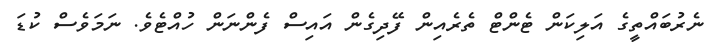
ނެރުބައްތީގެ އަލިކަން ޓެންޓް ތެރެއިން ފޭދިގެން އައިސް ފެންނަން ހުއްޓެވެ. ނަމަވެސް ކުޑަ